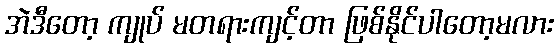
အဲဒီတော့ ကျုပ် မတရားကျင့်တာ ဖြစ်နိုင်ပါတော့မလား